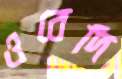
ওবেদি